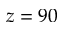
z = 9 0